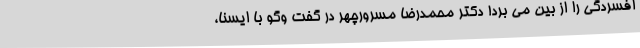
افسردگی را از بین می برد! دکتر محمدرضا مسرورچهر در گفت وگو با ایسنا،